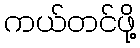
ကယ်တင်ဖို့